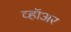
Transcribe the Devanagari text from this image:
व्हॉअर